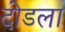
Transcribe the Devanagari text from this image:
दोडला